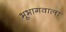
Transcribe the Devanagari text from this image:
भूभागवाला